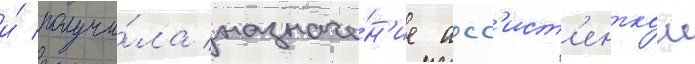
и́ получи́ла назначе́н'ие асс'ист'енткои